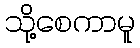
သို့စေကာမူ